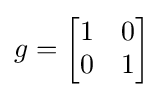
g={\begin{bmatrix}1&0\\0&1\end{bmatrix}}